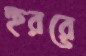
হুররে